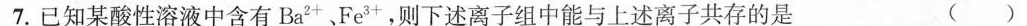
7.已知某酸性溶液中含有Ba^{2+}、Fe^{3+}，则下述离子组中能与上述离子共存的是 ( )